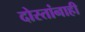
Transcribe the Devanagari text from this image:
दोस्तांनाही